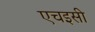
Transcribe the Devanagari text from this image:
एचइसी